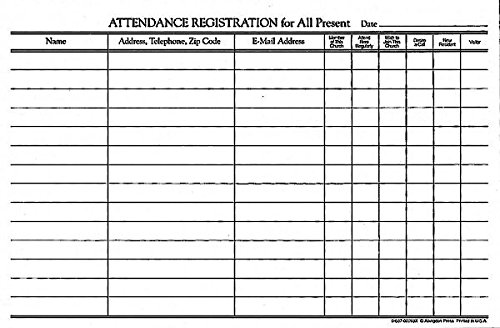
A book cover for Attendance Registration Pad (Pkg of 12); Christian Books & Bibles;